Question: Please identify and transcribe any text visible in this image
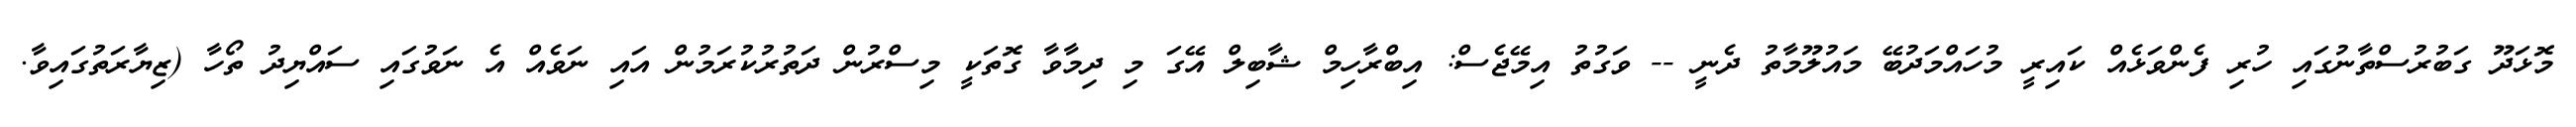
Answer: މޮޅަދޫ ގަބުރުސްތާނުގައި ހުރި ފެންވަޅެއް ކައިރީ މުހައްމަދުބޭ މައުލޫމާތު ދެނީ -- ވަގުތު އިމޭޖެސް: އިބްރާހިމް ޝާބިލް އޭގަ މި ދިމާވާ ގޮތަކީ މިސްރުން ދަތުރުކުރަމުން އައި ނަވެއް އެ ނަވުގައި ސައްޔިދު ތޯހާ (ޒިޔާރަތުގައިވާ.